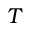
T